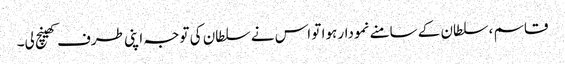
قاسم ، سلطان کے سامنے نمودار ہوا تو اس نے سلطان کی توجہ اپنی طرف کھینچ لی۔